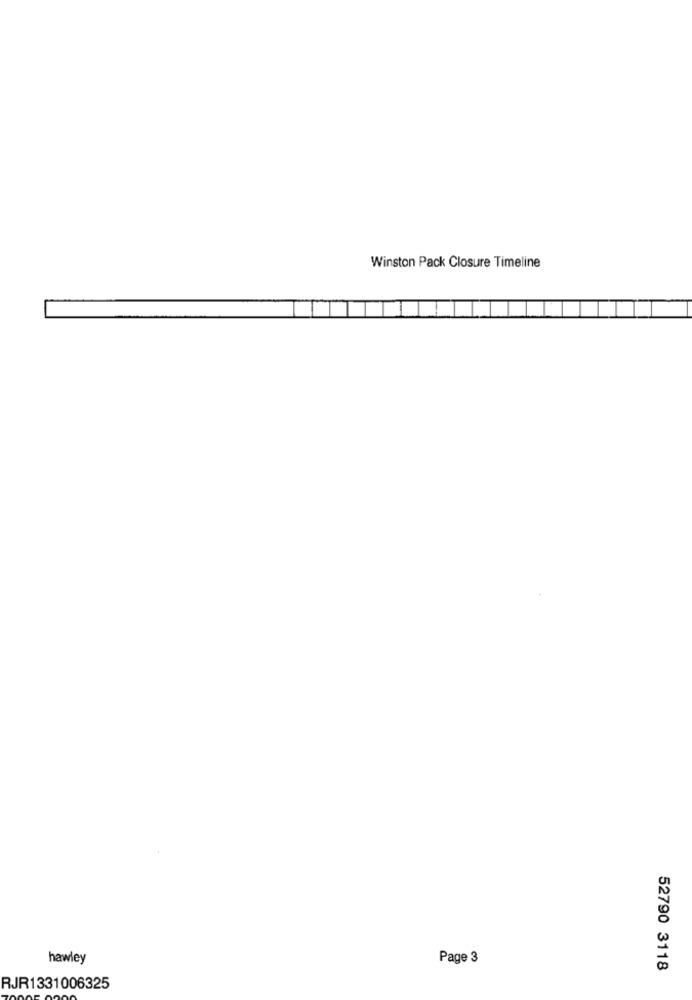
Winston Pack Closure Timeline
hawley
Page 3
52790 3118
RJR1331006325